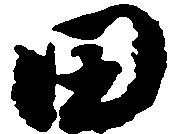
田